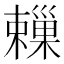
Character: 𣝞